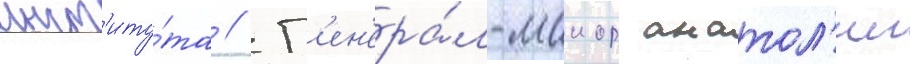
инст'иту́та // Г'ен'ера́л-маиор анатол'ии